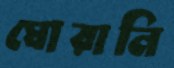
ঘোরানি